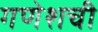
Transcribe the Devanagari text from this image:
गणेशची